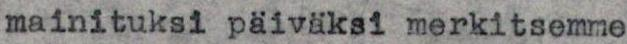
mainituksi päiväksi merkitsemme